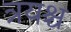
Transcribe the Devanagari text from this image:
त्रयश्च